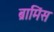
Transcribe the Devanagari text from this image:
ब्रामिंस